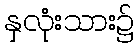
နှလုံးသား၌